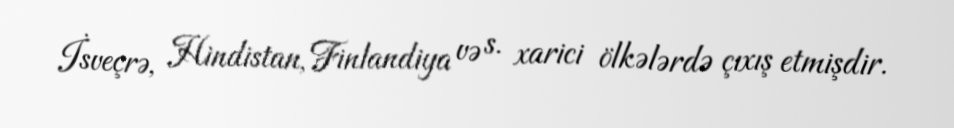
İsveçrə, Hindistan, Finlandiya və s. xarici ölkələrdə çıxış etmişdir.